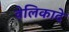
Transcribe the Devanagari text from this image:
वेलिकादे